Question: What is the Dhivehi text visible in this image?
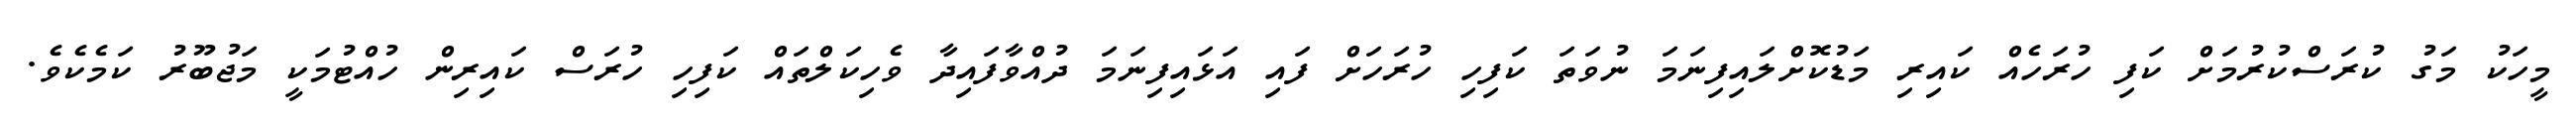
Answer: މީހަކު މަގު ކުރަސްކުރުމަށް ކަފި ހުރަހެއް ކައިރި މަޑުކޮށްލައިފިނަމަ ނުވަތަ ކަފިހި ހުރަހަށް ފައި އަޅައިފިނަމަ ދުއްވާފައިދާ ވެހިކަލްތައް ކަފިހި ހުރަސް ކައިރިން ހުއްޓުމަކީ މަޖުބޫރު ކަމެކެވެ.